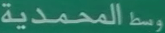
وسطالمحمدية